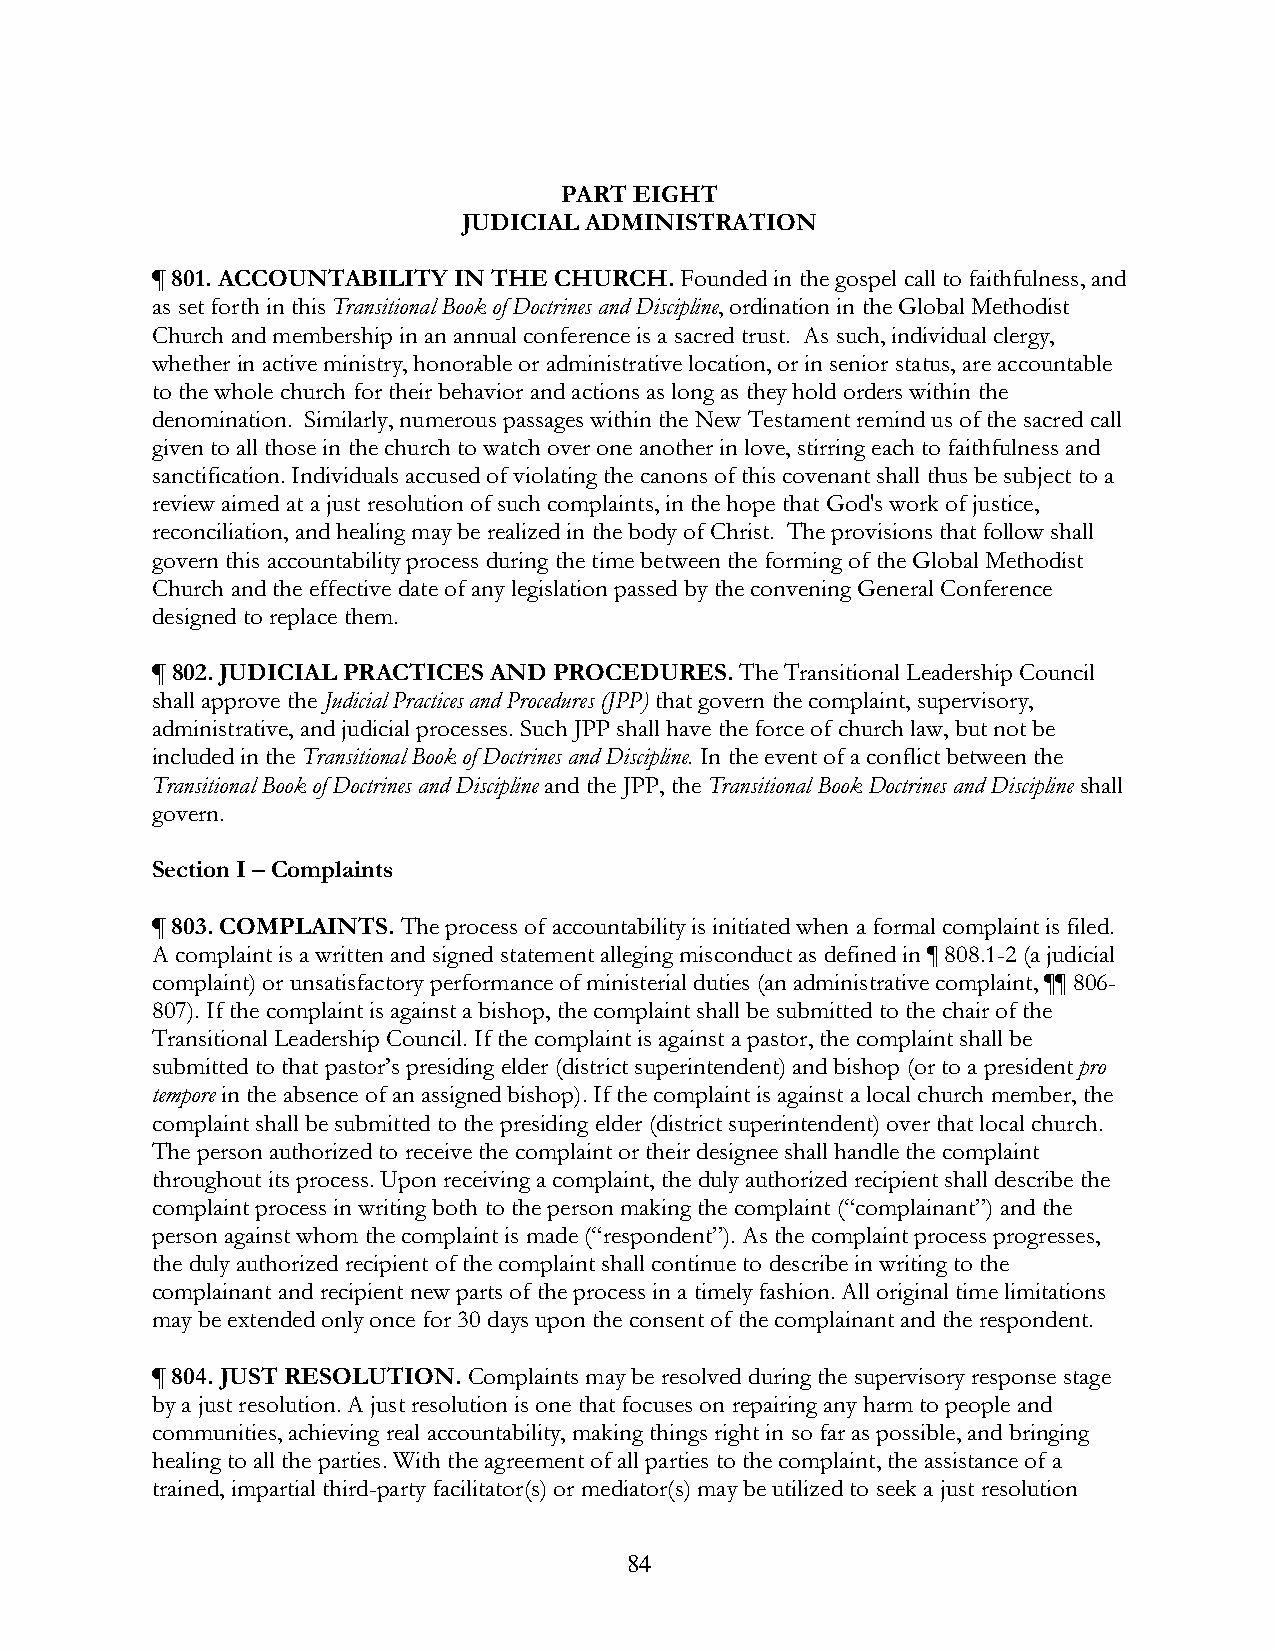
PART EIGHT
 JUDICIAL ADMINISTRATION
 ¶ 801. ACCOUNTABILITY IN THE CHURCH. Founded in the gospel call to faithfulness, and
 as set forth in this Transitional Book of Doctrines and Discipline, ordination in the Global Methodist
 Church and membership in an annual conference is a sacred trust. As such, individual clergy,
 whether in active ministry, honorable or administrative location, or in senior status, are accountable
 to the whole church for their behavior and actions as long as they hold orders within the
 denomination. Similarly, numerous passages within the New Testament remind us of the sacred call
 given to all those in the church to watch over one another in love, stirring each to faithfulness and
 sanctification. Individuals accused of violating the canons of this covenant shall thus be subject to a
 review aimed at a just resolution of such complaints, in the hope that God's work of justice,
 reconciliation, and healing may be realized in the body of Christ. The provisions that follow shall
 govern this accountability process during the time between the forming of the Global Methodist
 Church and the effective date of any legislation passed by the convening General Conference
 designed to replace them.
 ¶ 802. JUDICIAL PRACTICES AND PROCEDURES. The Transitional Leadership Council
 shall approve the Judicial Practices and Procedures (JPP) that govern the complaint, supervisory,
 administrative, and judicial processes. Such JPP shall have the force of church law, but not be
 included in the Transitional Book of Doctrines and Discipline. In the event of a conflict between the
 Transitional Book of Doctrines and Discipline and the JPP, the Transitional Book Doctrines and Discipline shall
 govern.
 Section I – Complaints
 ¶ 803. COMPLAINTS. The process of accountability is initiated when a formal complaint is filed.
 A complaint is a written and signed statement alleging misconduct as defined in ¶ 808.1-2 (a judicial
 complaint) or unsatisfactory performance of ministerial duties (an administrative complaint, ¶¶ 806-
 807). If the complaint is against a bishop, the complaint shall be submitted to the chair of the
 Transitional Leadership Council. If the complaint is against a pastor, the complaint shall be
 submitted to that pastor’s presiding elder (district superintendent) and bishop (or to a president pro
 tempore in the absence of an assigned bishop). If the complaint is against a local church member, the
 complaint shall be submitted to the presiding elder (district superintendent) over that local church.
 The person authorized to receive the complaint or their designee shall handle the complaint
 throughout its process. Upon receiving a complaint, the duly authorized recipient shall describe the
 complaint process in writing both to the person making the complaint (“complainant”) and the
 person against whom the complaint is made (“respondent”). As the complaint process progresses,
 the duly authorized recipient of the complaint shall continue to describe in writing to the
 complainant and recipient new parts of the process in a timely fashion. All original time limitations
 may be extended only once for 30 days upon the consent of the complainant and the respondent.
 ¶ 804. JUST RESOLUTION. Complaints may be resolved during the supervisory response stage
 by a just resolution. A just resolution is one that focuses on repairing any harm to people and
 communities, achieving real accountability, making things right in so far as possible, and bringing
 healing to all the parties. With the agreement of all parties to the complaint, the assistance of a
 trained, impartial third-party facilitator(s) or mediator(s) may be utilized to seek a just resolution
 84